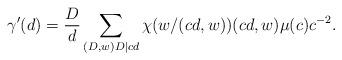
LaTeX: \begin{align*} \gamma'(d)=\frac{D}{d}\sum_{(D,w)D\mid cd}\chi(w/(cd,w))(cd,w)\mu(c)c^{-2}.\end{align*}